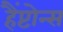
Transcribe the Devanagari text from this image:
हैंप्टोन्स